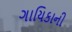
ગાયિકાની